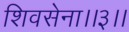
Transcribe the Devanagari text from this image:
शिवसेना।।३।।